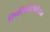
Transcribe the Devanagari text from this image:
स्पिलिओटोपोलस